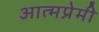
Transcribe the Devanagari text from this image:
आत्मप्रेमी